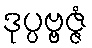
ဒုပ္ပဗ္ဗဇ္ဇံ